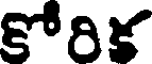
కోరిక